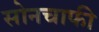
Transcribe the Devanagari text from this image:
सोनचाफी